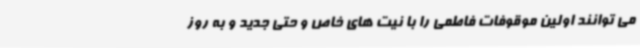
می توانند اولین موقوفات فاطمی را با نیت های خاص و حتی جدید و به روز